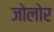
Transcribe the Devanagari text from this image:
जोलोर